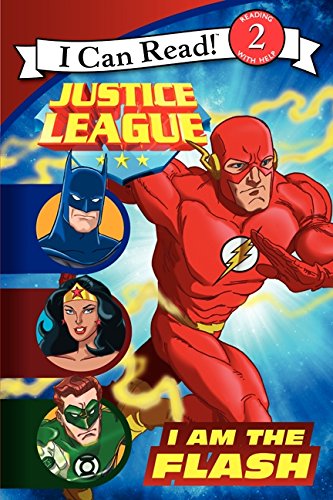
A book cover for Justice League Classic: I Am the Flash (I Can Read Level 2); John Sazaklis; Children's Books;